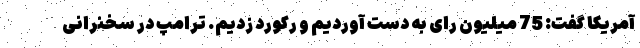
آمریکا گفت: 75 میلیون رای به دست آوردیم و رکورد زدیم. ترامپ در سخنرانی